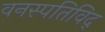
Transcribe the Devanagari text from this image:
वनस्पतिविद्